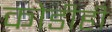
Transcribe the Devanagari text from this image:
कोडीही